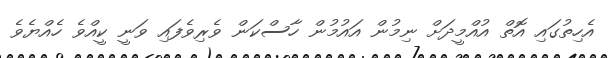
އެހިތުގައި އޮތް އުއްމީދަށް ނިމުން އައުމުން ހާސްކަން ވެރިވެފައި ވަނީ ކީއްވެ ހެއްޔެވެ